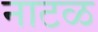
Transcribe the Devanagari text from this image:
नाटळ